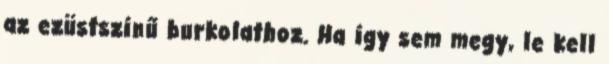
az ezüstszínű burkolathoz. Ha így sem megy, le kell